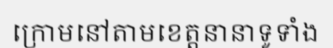
ក្រោមនៅតាមខេត្តនានាទូទាំង